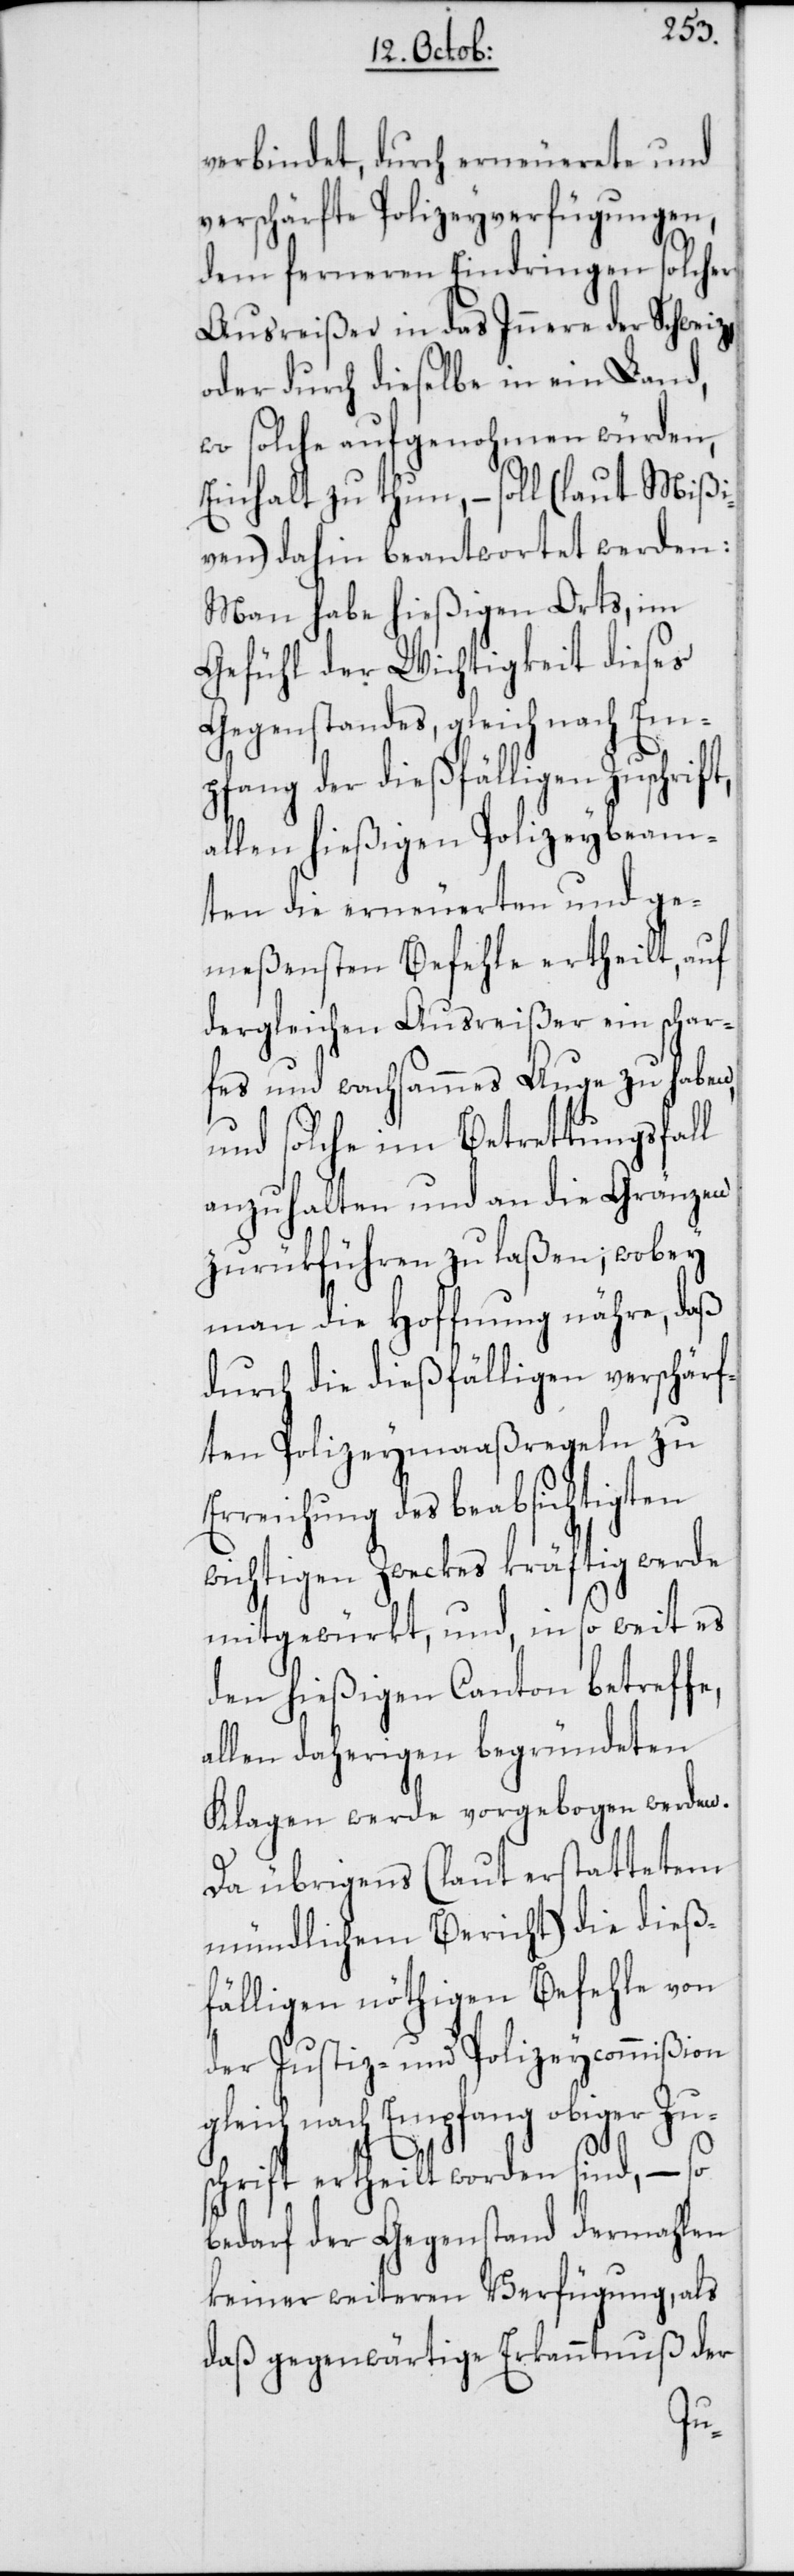
verbindet, durch erneuerete und
verschärfte Polizeyverfügungen,
dem ferneren Eindringen solcher
Ausreißer in das Innere der Schweiz,
oder durch dieselbe in ein Land,
wo solche aufgenohmen würden,
Einhalt zu thun, – soll (laut Mißi¬
ven) dahin beantwortet werden:
Man habe hießigen Orts, im
Gefühl der Wichtigkeit dieses
Gegenstandes, gleich nach Em¬
pfang der dießfälligen Zuschrift,
allen hießigen Polizeybeam¬
ten die erneuerten und ge¬
meßensten Befehle ertheilt, auf
dergleichen Ausreißer ein schar¬
fes und wachsammes Auge zu haben,
und solche im Betrettungsfall
anzuhalten und an die Gränzen
zurükführen zu laßen; wobey
man die Hoffnung nähre, daß
durch die dießfälligen verschärf¬
ten Polizeymaaßregeln zu
Erreichung des beabsichtigten
wichtigen Zweckes kräftig werde
mitgewürkt, und, in so weit es
den hießigen Canton betreff¬
allen daherigen begründeten
Klagen werde vorgebogen werden.
Da übrigens (laut erstattetem
mündlichem Bericht) die dieß¬
fälligen nöthigen Befehle von
der Justiz- und Polizeycommißion
gleich nach Empfang obiger Zu¬
e,
schrift ertheilt worden sind, – so
bedarf der Gegenstand dermahlen
keiner weiteren Verfügung, als
daß gegenwärtige Erkanntnuß der